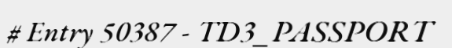
# Entry 50387 - TD3_PASSPORT